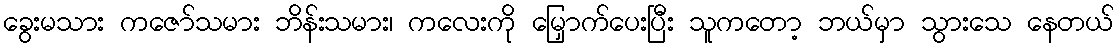
ခွေးမသား ကဇော်သမား ဘိန်းသမား၊ ကလေးကို မြှောက်ပေးပြီး သူကတော့ ဘယ်မှာ သွားသေ နေတယ်